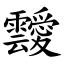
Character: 靉